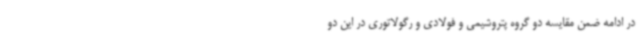
در ادامه ضمن مقایسه دو گروه پتروشیمی و فولادی و رگولاتوری در این دو